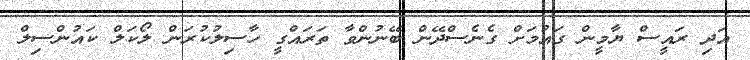
އަދި ރައީސް ޔާމީން ގައުމަށް ގެނެސްދޭން ބޭނުންވާ ތަރައްގީ ހާސިލުކުރަން ލޯކަލް ކައުންސިލް